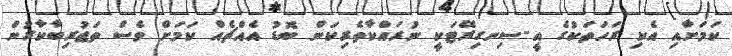
ކަމަށާއި އެކި ރަހަތަކުގެ އީ-ސިނގިރޭޓަކީ ނުރައްކާތެރިކަން ބޮޑު އެއްޗެއް ކަމަށް ވެސް ތަޖުރިބާކާރުން